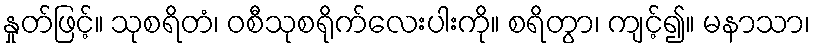
နှုတ်ဖြင့်။ သုစရိတံ၊ ဝစီသုစရိုက်လေးပါးကို။ စရိတွာ၊ ကျင့်၍။ မနာသာ၊